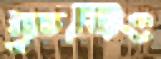
কৃষিং